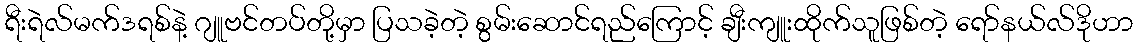
ရီးရဲလ်မက်ဒရစ်နဲ့ ဂျူဗင်တပ်တို့မှာ ပြသခဲ့တဲ့ စွမ်းဆောင်ရည်ကြောင့် ချီးကျူးထိုက်သူဖြစ်တဲ့ ရော်နယ်လ်ဒိုဟာ